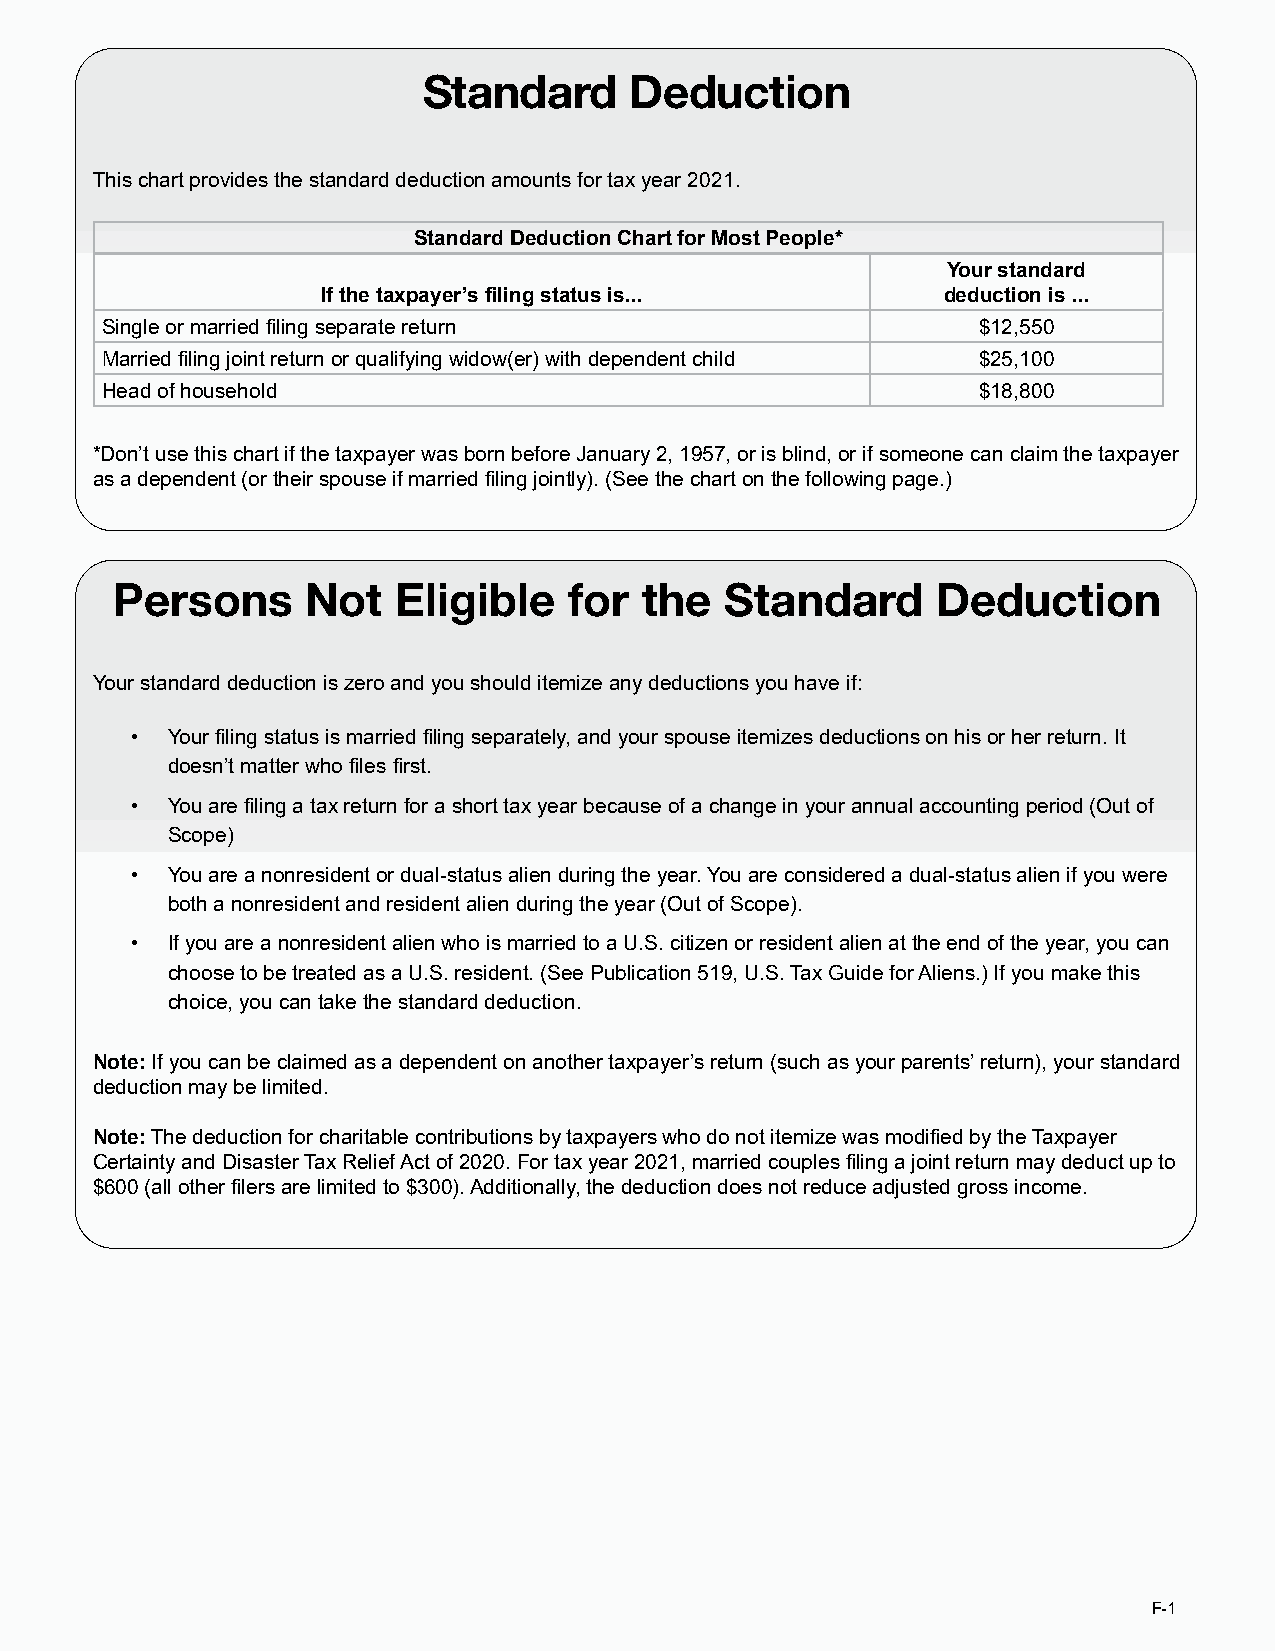
Standard      Deduction
 This chart provides the standard deduction amounts for tax year 2021.
 Standard Deduction Chart for Most People*
 Your standard
 If the taxpayer’s filing status is...    deduction is ...
 Single or married filing separate return                  $12,550
 Married filing joint return or qualifying widow(er) with dependent child $25,100
 Head of household                                         $18,800
 *Don’t use this chart if the taxpayer was born before January 2, 1957, or is blind, or if someone can claim the taxpayer
 as a dependent (or their spouse if married filing jointly). (See the chart on the following page.)
 Persons     Not   Eligible    for  the  Standard      Deduction
 Your standard deduction is zero and you should itemize any deductions you have if:
 • Your filing status is married filing separately, and your spouse itemizes deductions on his or her return. It
 doesn’t matter who files first.
 • You are filing a tax return for a short tax year because of a change in your annual accounting period (Out of
 Scope)
 • You are a nonresident or dual-status alien during the year. You are considered a dual-status alien if you were
 both a nonresident and resident alien during the year (Out of Scope).
 • If you are a nonresident alien who is married to a U.S. citizen or resident alien at the end of the year, you can
 choose to be treated as a U.S. resident. (See Publication 519, U.S. Tax Guide for Aliens.) If you make this
 choice, you can take the standard deduction.
 Note: If you can be claimed as a dependent on another taxpayer’s return (such as your parents’ return), your standard
 deduction may be limited.
 Note: The deduction for charitable contributions by taxpayers who do not itemize was modified by the Taxpayer
 Certainty and Disaster Tax Relief Act of 2020. For tax year 2021, married couples filing a joint return may deduct up to
 $600 (all other filers are limited to $300). Additionally, the deduction does not reduce adjusted gross income.
 F-1